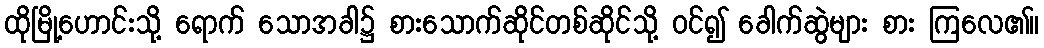
ထိုမြို့ဟောင်းသို့ ရောက် သောအခါ၌ စားသောက်ဆိုင်တစ်ဆိုင်သို့ ဝင်၍ ခေါက်ဆွဲများ စား ကြလေ၏။